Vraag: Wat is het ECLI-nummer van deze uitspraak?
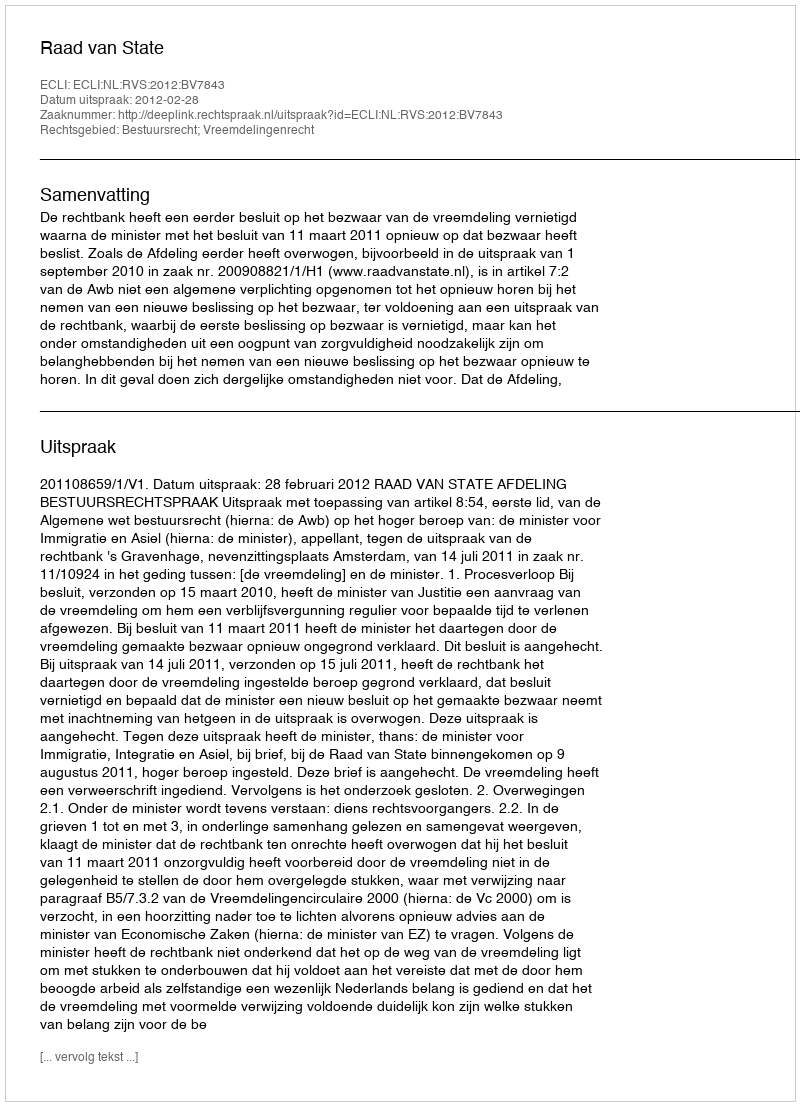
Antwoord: ECLI:NL:RVS:2012:BV7843